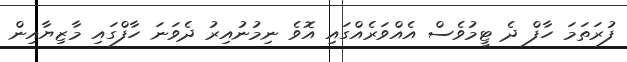
ފުރަތަމަ ހާފް ދެ ޓީމުވެސް އެއްވަރެއްގައި އޮވެ ނިމުނުއިރު ދެވަނަ ހާފްގައި މާޒިޔާއިން